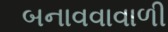
બનાવવાવાળી